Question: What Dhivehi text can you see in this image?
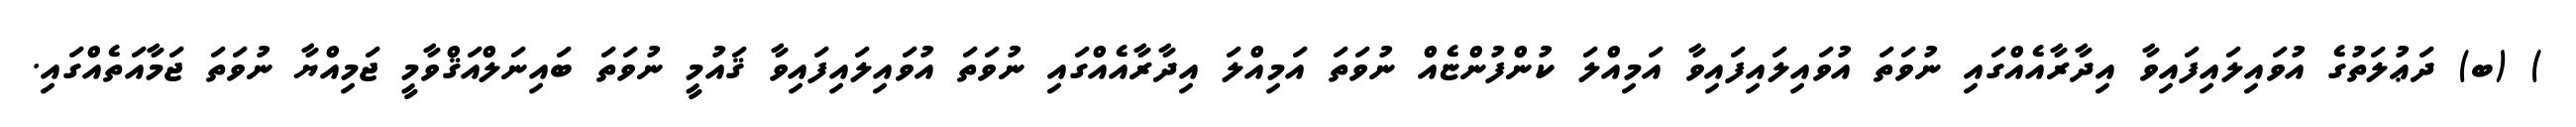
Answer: ) (ބ) ދަޢުލަތުގެ އުވައިލައިފައިވާ އިދާރާއެއްގައި ނުވަތަ އުވައިލައިފައިވާ އަމިއްލަ ކުންފުންޏެއް ނުވަތަ އަމިއްލަ އިދާރާއެއްގައި ނުވަތަ އުވައިލައިފައިވާ ޤައުމީ ނުވަތަ ބައިނަލްއަޤްވާމީ ޖަމިއްޔާ ނުވަތަ ޖަމާއަތެއްގައި.